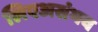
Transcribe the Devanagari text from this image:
लिएअसंभव